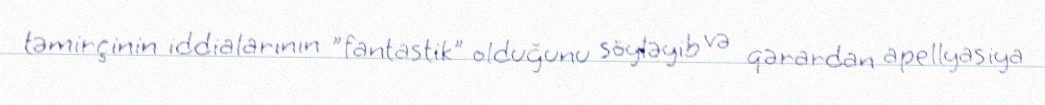
təmirçinin iddialarının "fantastik" olduğunu söyləyib və qərardan apellyasiya